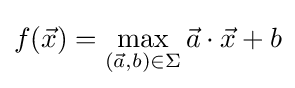
f({\vec {x}})=\max _{({\vec {a}},b)\in \Sigma }{\vec {a}}\cdot {\vec {x}}+b